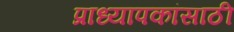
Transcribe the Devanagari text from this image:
प्राध्यापकांसाठी